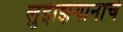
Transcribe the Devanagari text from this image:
लुईझियानाचे